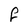
Character: f